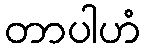
တာပါဟံ